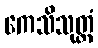
ကေသိသုတ္တံ